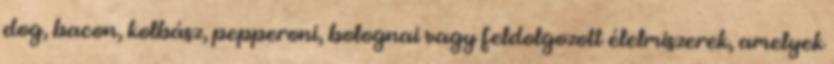
dog, bacon, kolbász, pepperoni, bolognai vagy feldolgozott élelmiszerek, amelyek